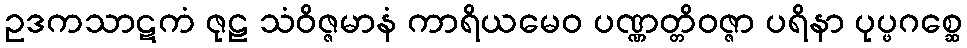
ဥဒကသာဋကံ ဇုဠ သံဝိဇ္ဇမာနံ ကာရိယမေဝ ပဏ္ဏတ္တိဝဇ္ဇာ ပရိနာ ပုပ္ဖဂစ္ဆေ